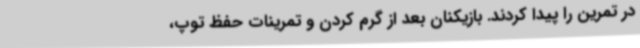
در تمرین را پیدا کردند. بازیکنان بعد از گرم کردن و تمرینات حفظ توپ،